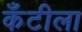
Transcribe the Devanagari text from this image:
कँटीला